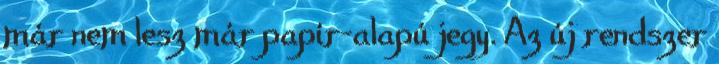
már nem lesz már papír-alapú jegy. Az új rendszer